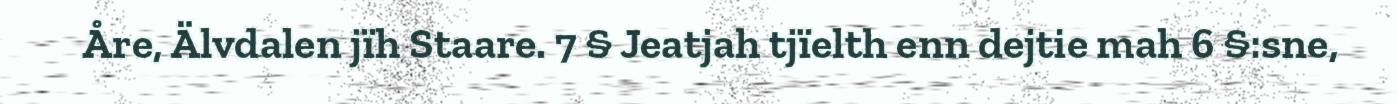
Åre, Älvdalen jïh Staare. 7 § Jeatjah tjïelth enn dejtie mah 6 §:sne,